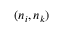
( n _ { i } , n _ { k } )